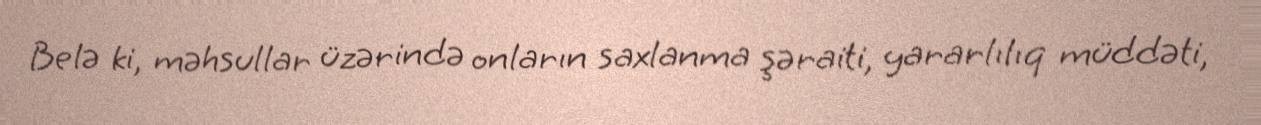
Belə ki, məhsullar üzərində onların saxlanma şəraiti, yararlılıq müddəti,